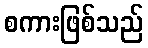
စကားဖြစ်သည်